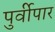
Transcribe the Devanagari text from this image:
पुर्वीपार